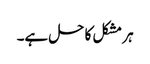
ہر مشکل کا حل ہے۔